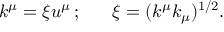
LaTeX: k ^ { \mu } = \xi u ^ { \mu } \, ; \; \; \; \; \; \; \xi = ( k ^ { \mu } k _ { \mu } ) ^ { 1 / 2 } .